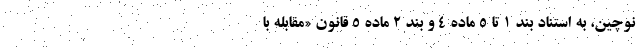
نوچین، به استناد بند ۱ تا ۵ ماده ۴ و بند ۲ ماده ۵ قانون «مقابله با